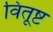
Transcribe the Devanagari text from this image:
वितूष्ट